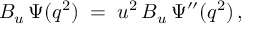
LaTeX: { \cal B } _ { u } \, \Psi ( q ^ { 2 } ) \; = \; u ^ { 2 } \, { \cal B } _ { u } \, \Psi ^ { \prime \prime } ( q ^ { 2 } ) \, ,